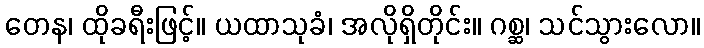
တေန၊ ထိုခရီးဖြင့်။ ယထာသုခံ၊ အလိုရှိတိုင်း။ ဂစ္ဆ၊ သင်သွားလော။